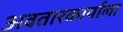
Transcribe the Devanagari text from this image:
अवतारकार्याला